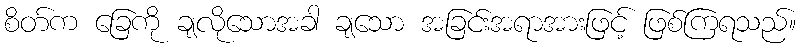
စိတ်က ခြေကို ချလိုသောအခါ ချသော အခြင်းအရာအားဖြင့် ဖြစ်ကြရသည်။